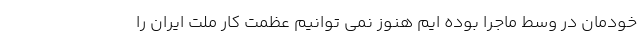
خودمان در وسط ماجرا بوده ایم هنوز نمی توانیم عظمت کار ملت ایران را